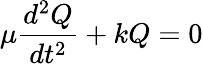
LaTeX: \mu{\frac{d^{2}Q}{dt^{2}}}+kQ=0